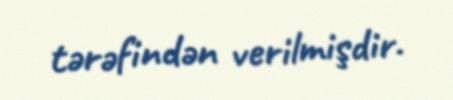
tərəfindən verilmişdir.